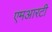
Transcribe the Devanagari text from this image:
एमआरटी